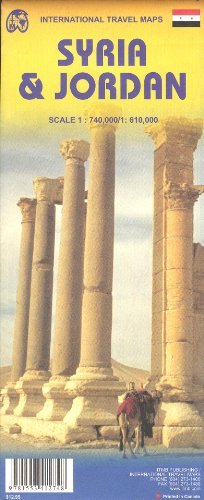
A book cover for Syria 1:740,000 & Jordan 1:610,000 Travel Map ITMB, 2010 edition; ITM Canada; Travel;